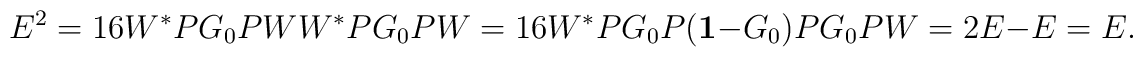
E^2=16 W^*PG_0PWW^*PG_0PW = 16 W^*PG_0P({\bf 1}-G_0)PG_0PW = 2E-E =E.